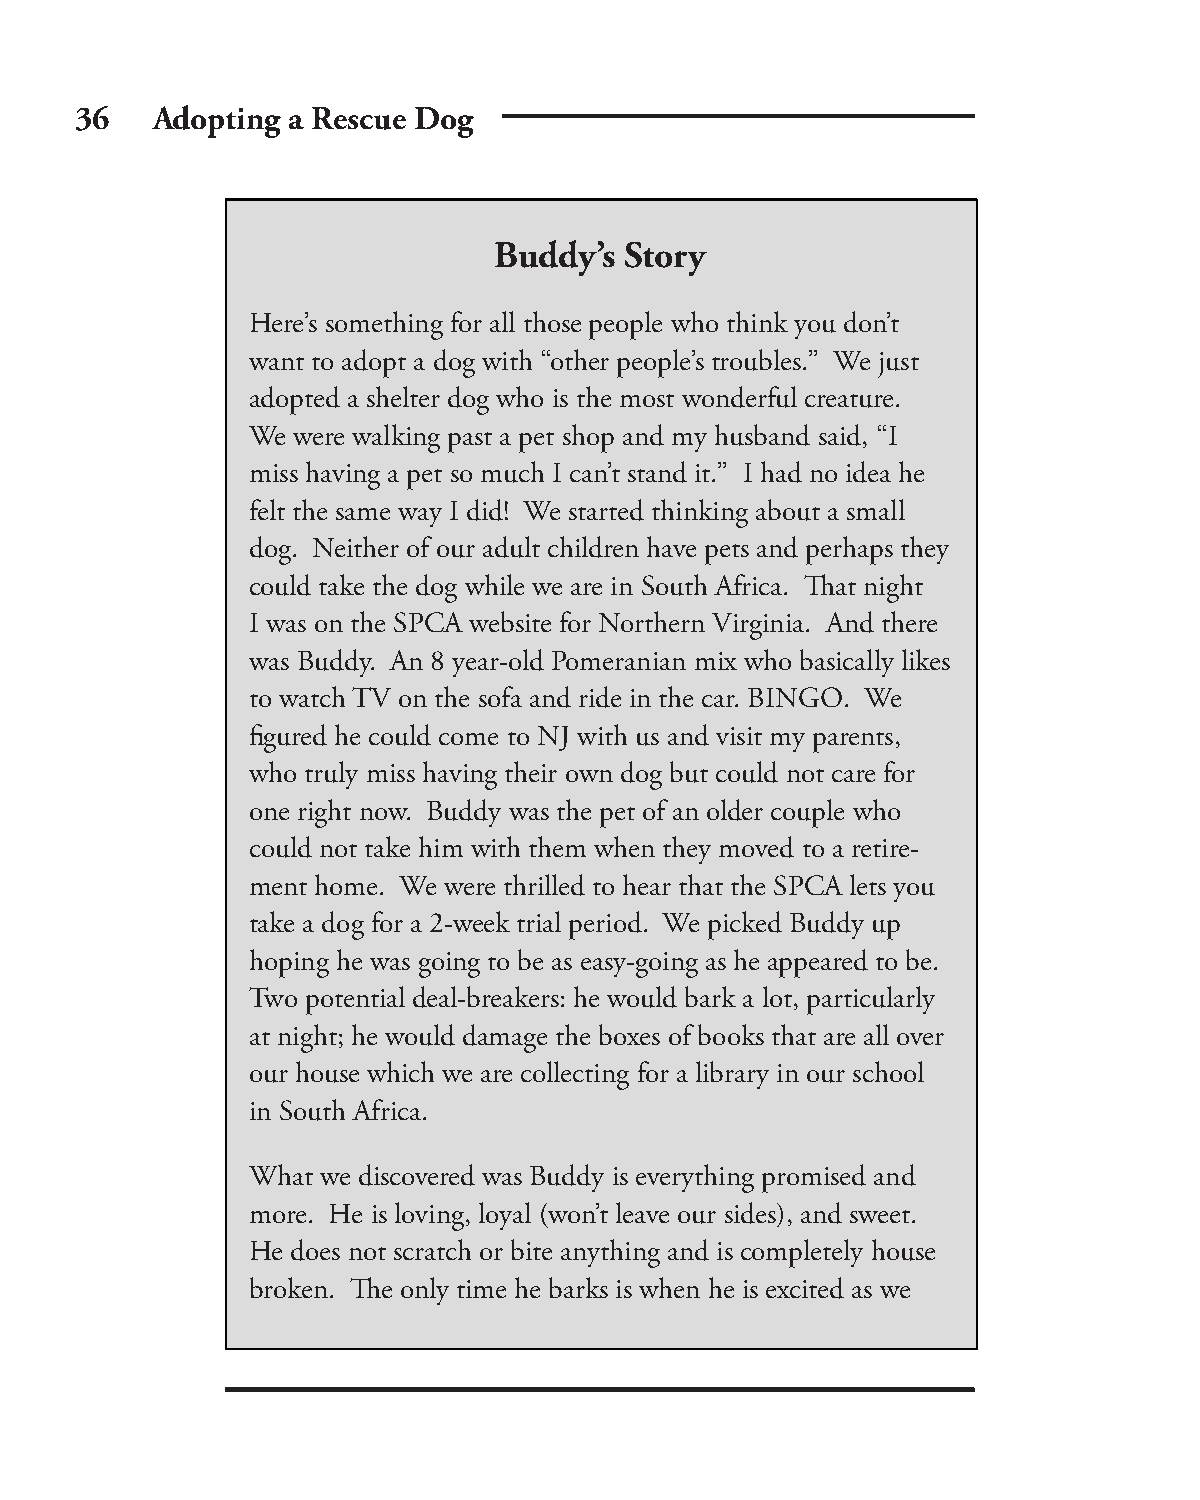
36   Adopting a Rescue Dog
 Buddy’s Story
 Here’s something for all those people who think you don’t
 want to adopt a dog with “other people’s troubles.” We just
 adopted a shelter dog who is the most wonderful creature.
 We were walking past a pet shop and my husband said, “I
 miss having a pet so much I can’t stand it.” I had no idea he
 felt the same way I did! We started thinking about a small
 dog. Neither of our adult children have pets and perhaps they
 could take the dog while we are in South Africa. Th at night
 I was on the SPCA website for Northern Virginia. And there
 was Buddy. An 8 year-old Pomeranian mix who basically likes
 to watch TV on the sofa and ride in the car. BINGO. We
 fi gured he could come to NJ with us and visit my parents,
 who truly miss having their own dog but could not care for
 one right now. Buddy was the pet of an older couple who
 could not take him with them when they moved to a retire-
 ment home. We were thrilled to hear that the SPCA lets you
 take a dog for a 2-week trial period. We picked Buddy up
 hoping he was going to be as easy-going as he appeared to be.
 Two potential deal-breakers: he would bark a lot, particularly
 at night; he would damage the boxes of books that are all over
 our house which we are collecting for a library in our school
 in South Africa.
 What we discovered was Buddy is everything promised and
 more. He is loving, loyal (won’t leave our sides), and sweet.
 He does not scratch or bite anything and is completely house
 broken. Th e only time he barks is when he is excited as we